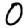
Digit: 0